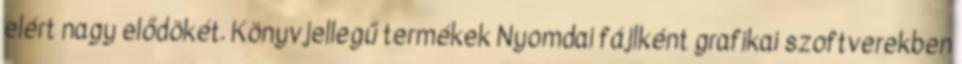
elért nagy elődökét. Könyvjellegű termékek Nyomdai fájlként grafikai szoftverekben